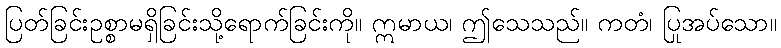
ပြတ်ခြင်းဥစ္စာမရှိခြင်းသို့ရောက်ခြင်းကို။ ဣမာယ၊ ဤသေသည်။ ကတံ၊ ပြုအပ်သော။